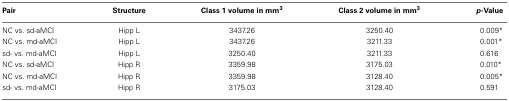
| Pair | Structure | Class 1 volume in mm3 | Class 2 volume in mm3 | p-Value |
 | --- | --- | --- | --- | --- |
 | NC vs. sd-aMCI | Hipp L | 3437.26 | 3250.40 | 0.009* |
 | NC vs. md-aMCI | Hipp L | 3437.26 | 3211.33 | 0.001* |
 | sd- vs. md-aMCI | Hipp L | 3250.40 | 3211.33 | 0.616 |
 | NC vs. sd-aMCI | Hipp R | 3359.98 | 3175.03 | 0.010* |
 | NC vs. md-aMCI | Hipp R | 3359.98 | 3128.40 | 0.005* |
 | sd- vs. md-aMCI | Hipp R | 3175.03 | 3128.40 | 0.591 |